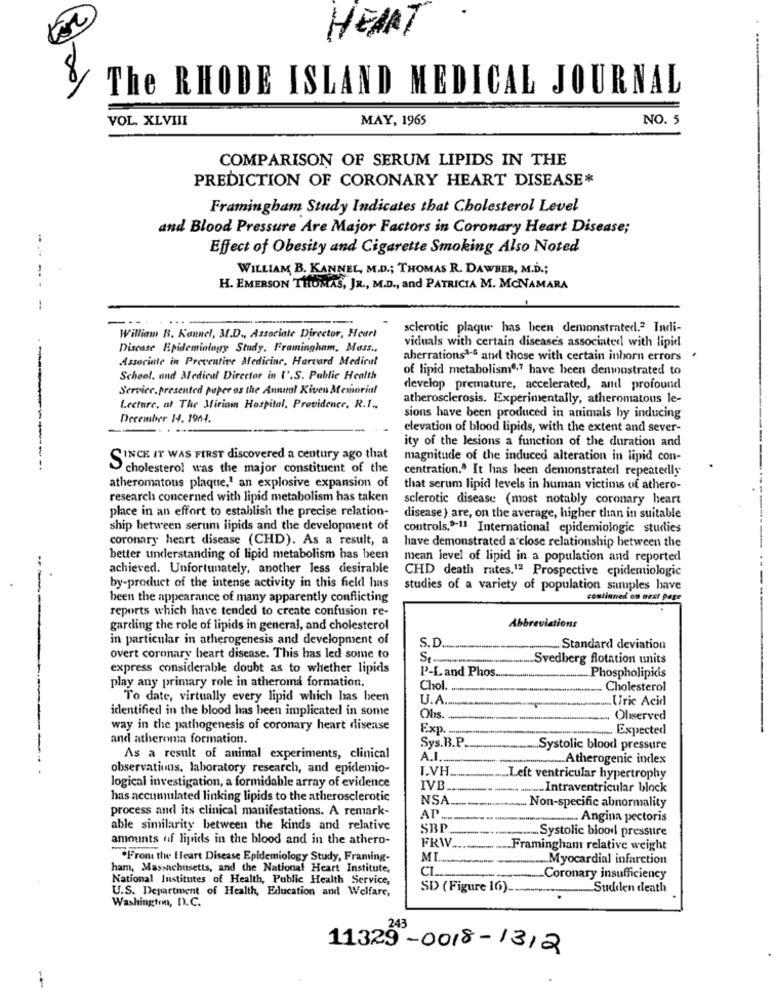
HEART
100
The RHODE ISLAND MEDICAL JOURNAL
VOL. XLVIII
MAY, 1965
NO. 5
COMPARISON OF SERUM LIPIDS IN THE
PREDICTION OF CORONARY HEART DISEASE*
Framingham Study Indicates that Cholesterol Level
and Blood Pressure Are Major Factors in Coronary Heart Disease;
Effect of Obesity and Cigarette Smoking Also Noted
WILLIAM B. KANNEL, M.D .; THOMAS R. DAWBER, M.D .;
H. EMERSON THOMAS, JR ., M.D ., and PATRICIA M. MCNAMARA
sclerotic plaque has been demonstrated.2 Indi-
William B. Kannel, M.D ., Associate Director, Heart
Discase Epidemiology Study. Framingham, Muss ..
viduals with certain disease's associated with lipid
Asseriale in Preventive Medicine, Harvard Medical
aberrations1.ª and those with certain inhorn errors
of lipid metabolismo,7 have been demostrated to
School, and Medical Director in I'.S. Public Health
Service, presented paper as the Annual Kiven Memorial
develop premature, accelerated, and profound
atherosclerosis. Experimentally, atheromatous le-
Lecture, at The Miriam Hospital, Providence, R.I ..
December 14. 1944.
sions have been produced in animals by inducing
elevation of blood lipids, with the extent and sever-
ity of the lesions a function of the duration and
----
SINCE IT WAS FIRST discovered a century ago that
magnitude of the induced alteration in lipid con-
cholesterol was the major constituent of the
centration." It has been demonstrated repeatedly
atheromatous plaque,1 an explosive expansion of
that serum lipid levels in human victims of athero-
research concerned with lipid metabolism has taken
sclerotic disease (most notably coronary heart
place in an effort to establish the precise relation-
disease ) are, on the average, higher than in suitable
ship between serum lipids and the development of
controls,0-11 International epidemiologic studies
coronary heart disease (CHD). As a result, a
have demonstrated a close relationship between the
better understanding of lipid metabolism has been
mean level of lipid in a population and reported
achieved. Unfortunately, another less desirable
CHD death rates,1ª Prospective epidemiologic
by-product of the intense activity in this field has
studies of a variety of population samples have
been the appearance of many apparently conflicting
continued on next page
reports which have tended to create confusion re-
---
garding the role of lipids in general, and cholesterol
Abbreviations
in particular in atherogenesis and development of
S.D.
Standard deviation
overt coronary heart disease. This has led some to
St-
Svedberg Aotation units
express considerable doubt as to whether lipids
P'-Land Phos
play any primary role in atheroma formation.
Phospholipicis
Chol
Cholesterol
To date, virtually every lipid which has been
U.A.
Uric Acid
identified in the blood has been implicated in some
Ohs.
Observed
way in the pathogenesis of coronary heart disease
Exp.
Expected
and atheroma formation.
Sys.B.P
Systolic blood pressure
As a result of animal experiments, clinical
A.I.
............ Atherogenic index
observations, laboratory research, and epidemio-
I.VH
Left ventricular hypertrophy
logical investigation, a formidable array of evidence
IVB
...... Intraventricular block
has accumulated linking lipids to the atherosclerotic
NSA.
process and its clinical manifestations. A remark-
Non-specific abnormality
AP ..
..... Angina pectoris
able similarity between the kinds and relative
SBP
Systolic blood pressure
amounts of lipids in the blood and in the athero-
FRIV.
Framingham relative weight
From the Heart Disease Epidemiology Study, Framing-
MI
Myocardial infarction
ham, Massachusetts, and the National Heart Institute,
National Institutes of Health, Public Health Service,
CL ...
Coronary insufficiency
U.S. Department of Health, Education and Welfare,
SD (Figure 16)
Sudden death
Washington, D.C.
11329-0018-1312
-